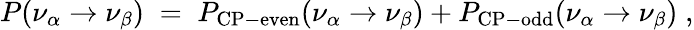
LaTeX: P(\nu_{\alpha}\rightarrow\nu_{\beta})\; =\; P_{\mathrm{CP-even}}(\nu_{\alpha}\rightarrow\nu_{\beta})+P_{\mathrm{CP-odd}}(\nu_{\alpha}\rightarrow\nu_{\beta})\; ,